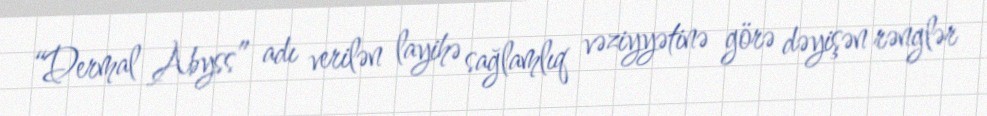
“Dermal Abyss” adı verilən layihə sağlamlıq vəziyyətinə görə dəyişən rənglər